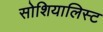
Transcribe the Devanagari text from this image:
सोशियालिस्ट